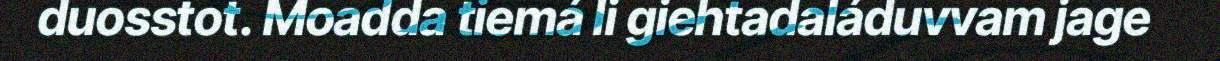
duosstot. Moadda tiemá li giehtadaláduvvam jage